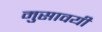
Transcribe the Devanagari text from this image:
मुसावयी